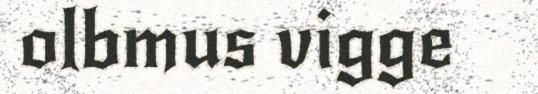
olbmus vigge